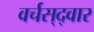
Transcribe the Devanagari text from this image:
वर्चस्‌द्वार